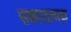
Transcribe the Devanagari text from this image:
सकारात्न्मक